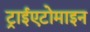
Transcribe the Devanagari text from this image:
ट्राईएटोमाइन